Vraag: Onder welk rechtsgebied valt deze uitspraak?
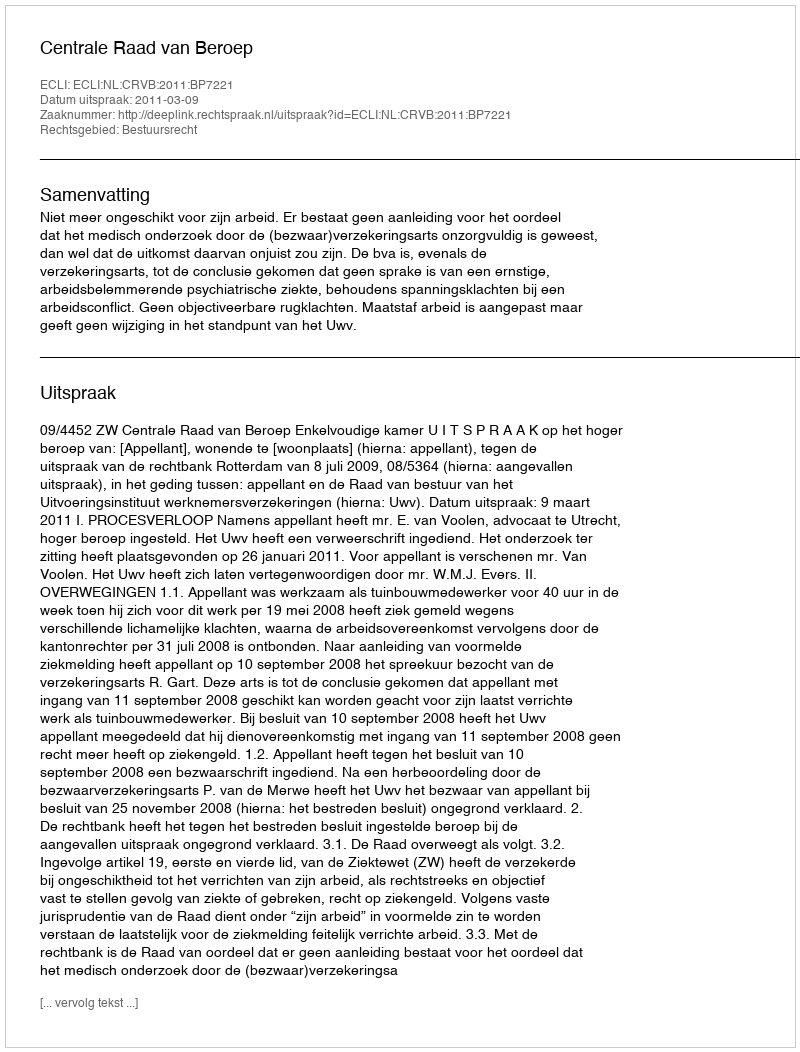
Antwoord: Bestuursrecht